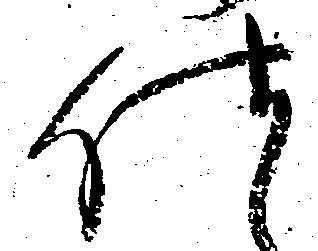
仕